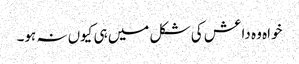
خواہ وہ داعش کی شکل میں ہی کیوں نہ ہو۔